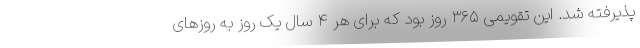
پذیرفته شد. این تقویمی ۳۶۵ روز بود که برای هر ۴ سال یک روز به روزهای